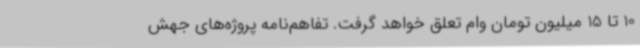
10 تا 15 میلیون تومان وام تعلق خواهد گرفت. تفاهم‌نامه پروژه‌های جهش